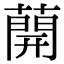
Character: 𦼠